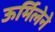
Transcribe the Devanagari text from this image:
ऊर्मिलेने